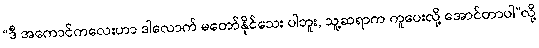
“ဒီ အကောင်ကလေးဟာ ဒါလောက် မတော်နိုင်သေး ပါဘူး, သူ့ဆရာက ကူပေးလို့ အောင်တာပါ”လို့